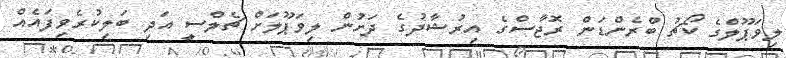
ލިވަޕޫލްގެ ކޯޗު ބްރެންޑަން ރޮޖާސްގެ އިރުޝާދުގެ ދަށުން ލިވަޕޫލަށް ޗެލްސީ އަދި ބަލިކުރެވިފައެއް